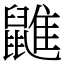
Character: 䶆